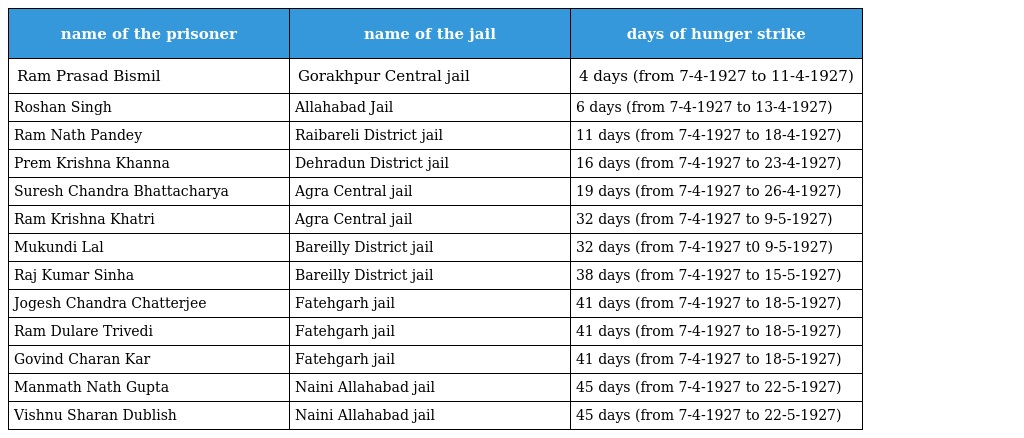
| name of the prisoner | name of the jail | days of hunger strike |
 | --- | --- | --- |
 | Ram Prasad Bismil | Gorakhpur Central jail | 4 days (from 7-4-1927 to 11-4-1927) |
 | Roshan Singh | Allahabad Jail | 6 days (from 7-4-1927 to 13-4-1927) |
 | Ram Nath Pandey | Raibareli District jail | 11 days (from 7-4-1927 to 18-4-1927) |
 | Prem Krishna Khanna | Dehradun District jail | 16 days (from 7-4-1927 to 23-4-1927) |
 | Suresh Chandra Bhattacharya | Agra Central jail | 19 days (from 7-4-1927 to 26-4-1927) |
 | Ram Krishna Khatri | Agra Central jail | 32 days (from 7-4-1927 to 9-5-1927) |
 | Mukundi Lal | Bareilly District jail | 32 days (from 7-4-1927 t0 9-5-1927) |
 | Raj Kumar Sinha | Bareilly District jail | 38 days (from 7-4-1927 to 15-5-1927) |
 | Jogesh Chandra Chatterjee | Fatehgarh jail | 41 days (from 7-4-1927 to 18-5-1927) |
 | Ram Dulare Trivedi | Fatehgarh jail | 41 days (from 7-4-1927 to 18-5-1927) |
 | Govind Charan Kar | Fatehgarh jail | 41 days (from 7-4-1927 to 18-5-1927) |
 | Manmath Nath Gupta | Naini Allahabad jail | 45 days (from 7-4-1927 to 22-5-1927) |
 | Vishnu Sharan Dublish | Naini Allahabad jail | 45 days (from 7-4-1927 to 22-5-1927) |